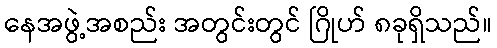
နေအဖွဲ့အစည်း အတွင်းတွင် ဂြိုဟ် ၈ခုရှိသည်။